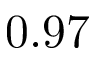
0 . 9 7